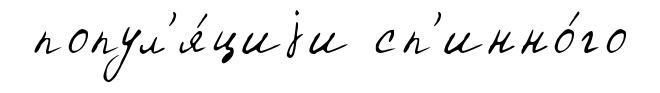
попул'я́циjи сп'инно́го